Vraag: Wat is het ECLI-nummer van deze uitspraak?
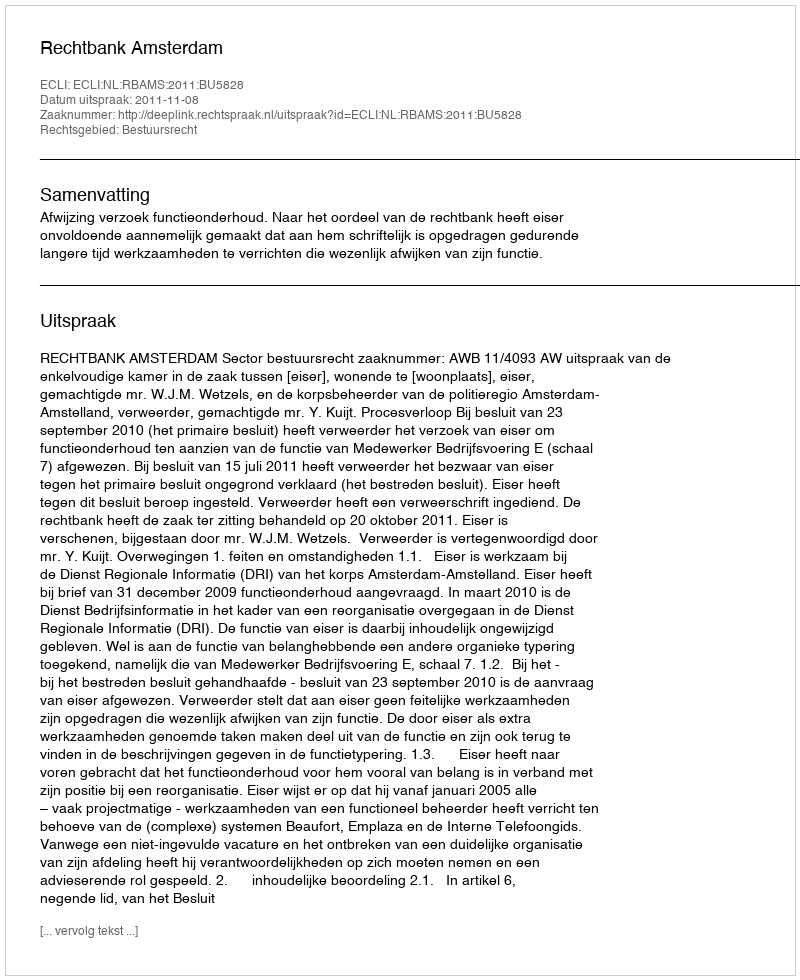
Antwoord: ECLI:NL:RBAMS:2011:BU5828